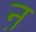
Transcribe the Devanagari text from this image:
ऩ